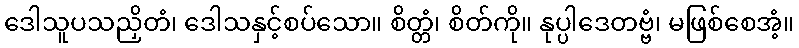
ဒေါသူပသညှိတံ၊ ဒေါသနှင့်စပ်သော။ စိတ္တံ၊ စိတ်ကို။ နုပ္ပါဒေတဗ္ဗံ၊ မဖြစ်စေအံ့။